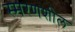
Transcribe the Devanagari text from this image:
स्मरणशील